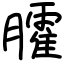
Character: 臛